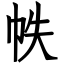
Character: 帙